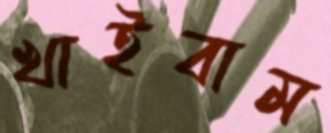
খাইবাম